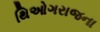
થિઓગરાજના